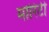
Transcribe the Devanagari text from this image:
मोरिटी